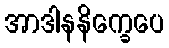
အာဒါနနိက္ခေပေ